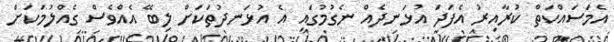
އެމަސައްކަތް ކުރާއިރު އެފަދަ އުޅަނދެއް ނެގުމުގައި އެ އުޅަނދުތަކަށް ލިބޭ އެއްވެސް ގެއްލުމަކަށް